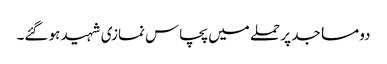
دو مساجد پر حملے میں پچاس نمازی شہید ہو گئے۔